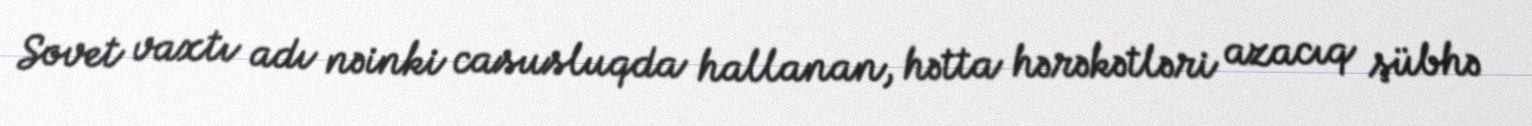
Sovet vaxtı adı nəinki casusluqda hallanan, hətta hərəkətləri azacıq şübhə